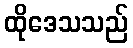
ထိုဒေသသည်